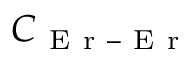
C _ { \mathrm { ~ E ~ r ~ – ~ E ~ r ~ } }